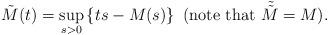
LaTeX: \begin{align*}\tilde{M}(t) = \sup_{s>0}\left\{ ts - M(s)\right\}~(\mbox{note that}~\tilde{\tilde{M}}=M).\end{align*}